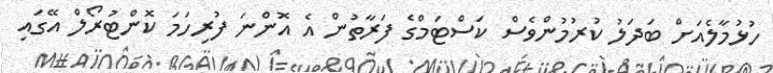
ހުޅުމާލެއަށް ބަދަލު ކުރުމުންވެސް ކަސްޓަމްގެ ފަރާތުން އެ އޮންނަ ފުރިހަމަ ކޮންޓުރޯލް އޭގައި